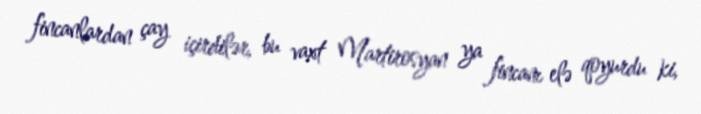
fincanlardan çay içirdilər, bu vaxt Martirosyan ya fincanı elə qoyurdu ki,